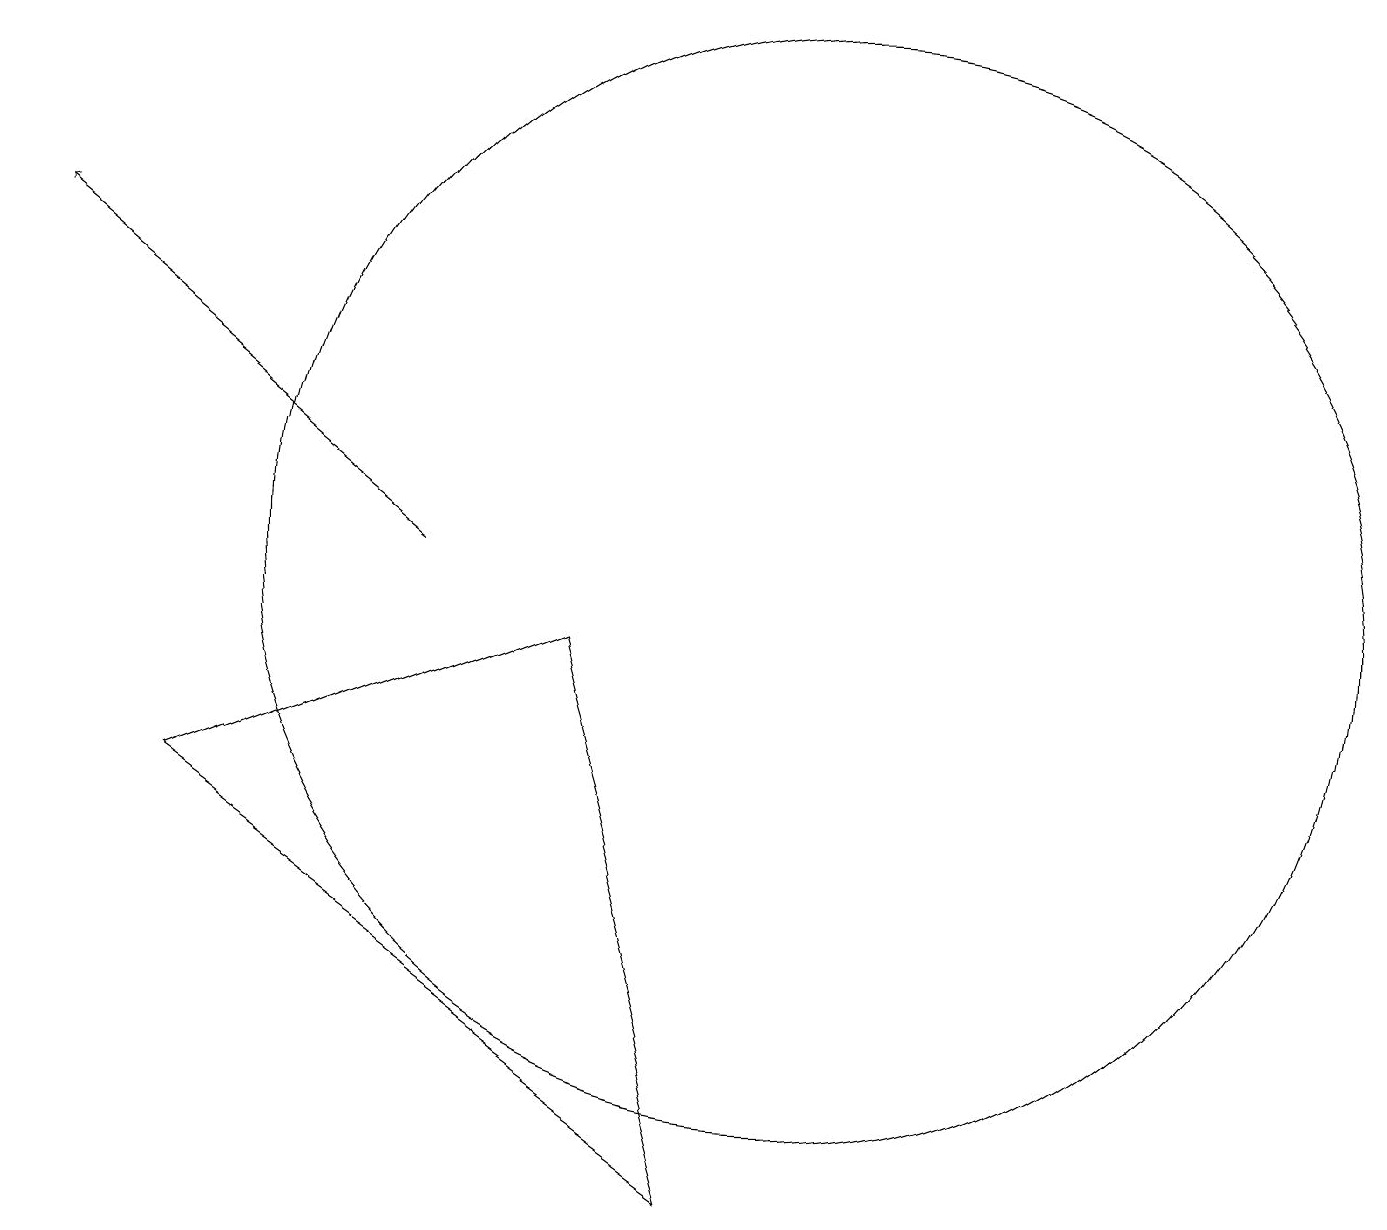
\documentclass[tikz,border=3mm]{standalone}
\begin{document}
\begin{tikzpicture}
\draw (7,9) -- (2,7) -- (9,2) -- cycle;
\draw[->] (5,10) -- (0,14);
\draw (10,10) circle (7);
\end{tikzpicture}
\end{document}